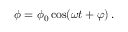
\phi = \phi _ { 0 } \cos ( \omega t + \varphi ) \, .